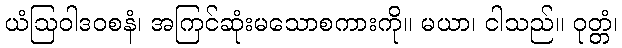
ယံဩဝါဒဝစနံ၊ အကြင်ဆုံးမသောစကားကို။ မယာ၊ ငါသည်။ ဝုတ္တံ၊